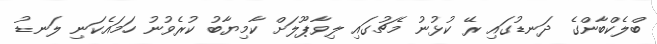
ބްލެކްބާންގެ ދަނޑުގައި ރޭ ކުޅުނު މެޗުގައި ލިވާޕޫލަށް ކާމިޔާބު ކުރެވުނު ހަމައެކަނި ލަނޑު